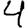
Digit: 4